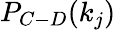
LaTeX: P_{C-D}(k_{j})